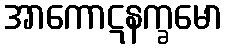
အာကောဋနက္ခမော